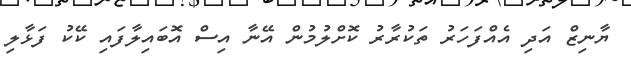
ޔާނިޒް އަދި އެއްފަހަރު ތަކުރާރު ކޮށްލުމުން އޭނާ އިސް އޮބައިލާފައި ކޭކު ފަޅާލި